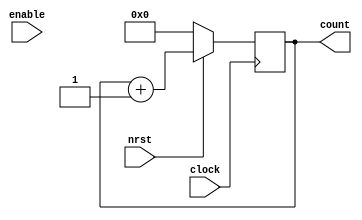
module counter(
	input clock, 
	input wire nrst,
	input wire enable,
	output reg [7:0] count);

always @(posedge clock) begin
	if (!nrst)
		count <= 0;
	else
		count <= count + 1;
end

endmodule // counter